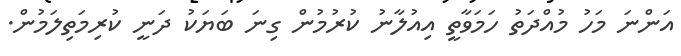
އަންނަ މަހު މުއްދަތު ހަމަވާތީ އިއުލާނު ކުރުމުން ގިނަ ބަޔަކު ދަނީ ކުރިމަތިލަމުން.